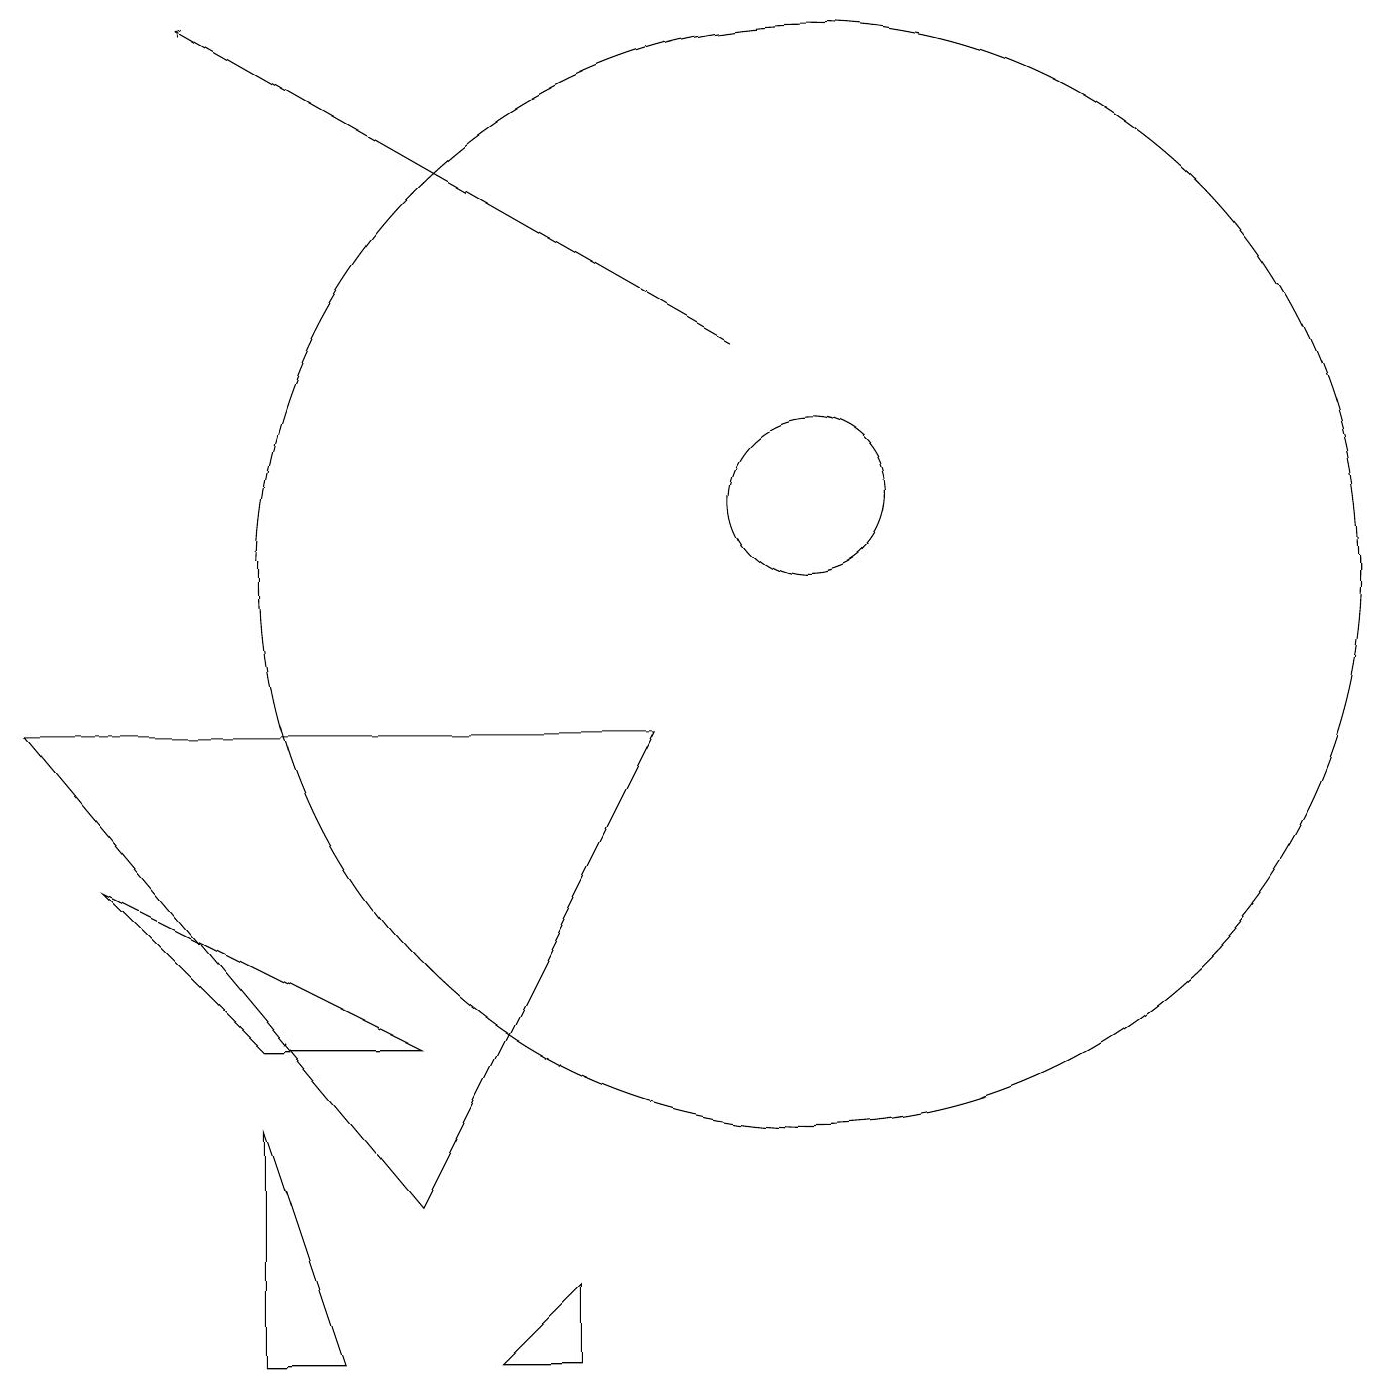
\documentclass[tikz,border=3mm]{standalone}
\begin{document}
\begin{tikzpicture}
\draw (7,0) -- (7,1) -- (6,0) -- cycle;
\draw (10,10) circle (7);
\draw (8,8) -- (0,8) -- (5,2) -- cycle;
\draw[->] (9,13) -- (2,17);
\draw (1,6) -- (5,4) -- (3,4) -- cycle;
\draw (10,11) circle (1);
\draw (4,0) -- (3,3) -- (3,0) -- cycle;
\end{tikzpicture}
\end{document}